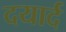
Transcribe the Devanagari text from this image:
दयार्द